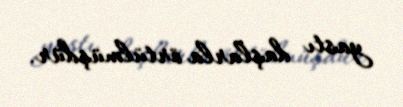
yastı daşlarla örtülmüşdür.